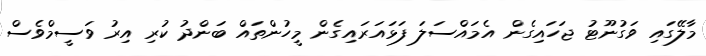
މާލޭގައި ވަގުނޫޓު ޖަހައިގެން އެމައްސަލަ ފަޅައަރައިގެން މީހުންތައް ބަންދު ކުރި އިރު ވަސީމްވެސް